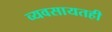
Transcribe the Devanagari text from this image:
व्यवसायतही